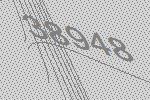
38948